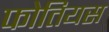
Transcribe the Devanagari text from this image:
फोतियस